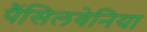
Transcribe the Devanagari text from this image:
पैंसिलवेनिया